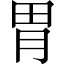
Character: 胃